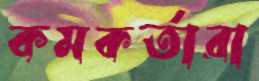
কমকর্তারা